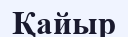
Қайыр